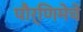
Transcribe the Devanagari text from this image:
पौर्णिमेचे